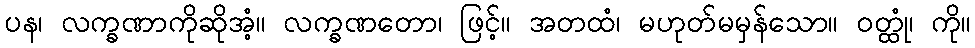
ပန၊ လက္ခဏာကိုဆိုအံ့။ လက္ခဏတော၊ ဖြင့်။ အတထံ၊ မဟုတ်မမှန်သော။ ဝတ္ထုံ၊ ကို။